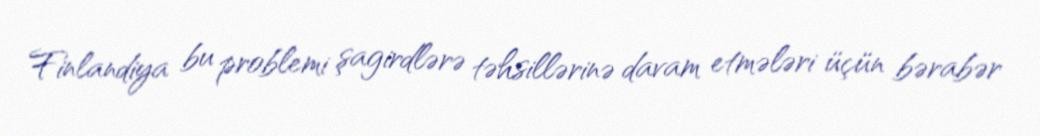
Finlandiya bu problemi şagirdlərə təhsillərinə davam etmələri üçün bərabər